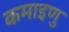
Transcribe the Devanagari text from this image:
कमाइणु